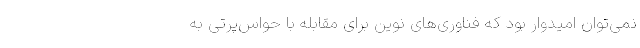
نمی‌توان امیدوار بود که فناوری‌های نوین برای مقابله با حواس‌پرتی به